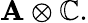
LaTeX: \mathbf{A}\otimes\mathbb{{C}}.